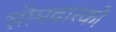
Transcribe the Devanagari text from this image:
सोमवारको